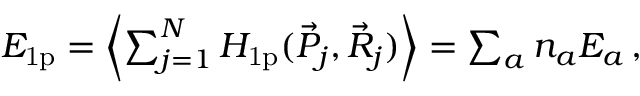
\begin{array} { r } { E _ { \mathrm { 1 p } } = { \left\langle { \sum _ { j = 1 } ^ { N } H _ { \mathrm { 1 p } } ( \vec { P } _ { j } , \vec { R } _ { j } ) } \right\rangle } = \sum _ { a } n _ { a } E _ { a } \, , } \end{array}